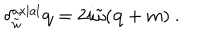
\delta _ { \tilde { \omega } } ^ { \mathrm { a x i a l } } { \mathbf q } = 2 i \tilde { \omega } ( { \mathbf q } + m ) \ .